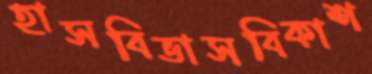
হাসবিভাসবিকাশ